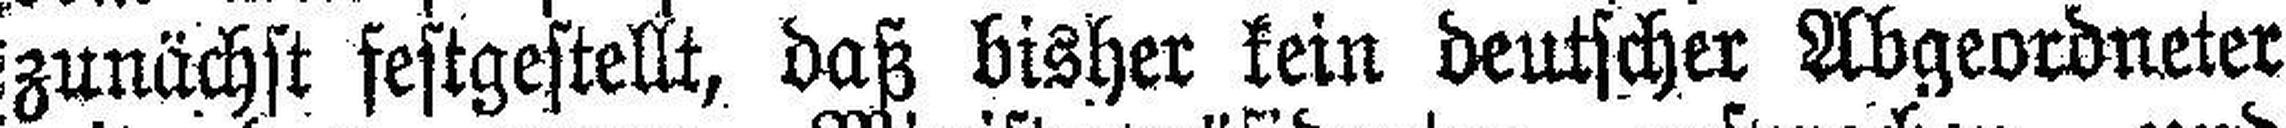
zunächst festgestellt, daß bisher kein deutscher Abgeordneter